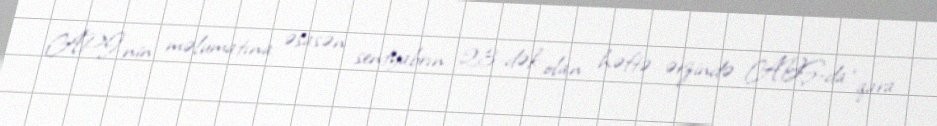
API-nin məlumatına əsasən sentyabrın 23-dək olan həftə ərzində ABŞ-da “qara